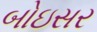
બોઇસર